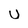
Character: U